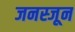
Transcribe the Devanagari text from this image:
जनस्जून